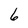
Character: 6